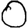
Digit: 0